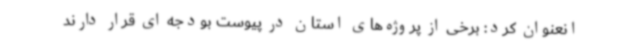
انعنوان کرد: برخی از پروژه‌های استان در پیوست بودجه ای قرار دارند